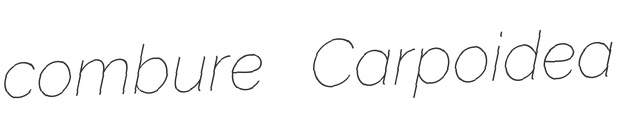
combure Carpoidea